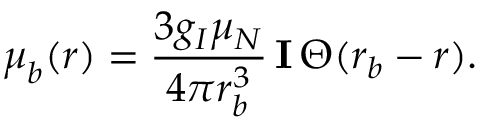
\boldsymbol \mu _ { b } ( r ) = \frac { 3 g _ { I } \mu _ { N } } { 4 \pi r _ { b } ^ { 3 } } \, \mathbf { I } \, \Theta ( r _ { b } - r ) .